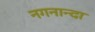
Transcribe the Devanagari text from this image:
नगनान्दा